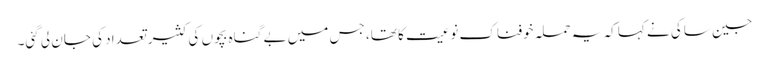
جین ساکی نے کہا کہ یہ حملہ خوفناک نوعیت کا تھا، جس میں بے گناہ بچوں کی کثیر تعداد کی جان لی گئی۔